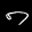
Label: 7